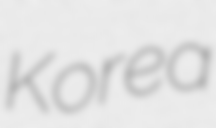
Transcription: Korea